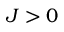
J > 0